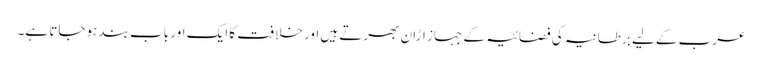
عرب کےلیے برطانیہ کی فضائیہ کے جہاز اڑان بھرتے ہیں اور خلافت کا ایک اور باب بند ہوجاتا ہے۔